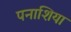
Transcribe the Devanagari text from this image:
पनाशिया